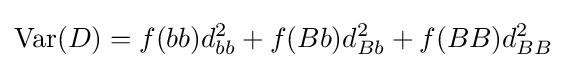
\mathrm {Var} (D)=f(bb)d_{bb}^{2}+f(Bb)d_{Bb}^{2}+f(BB)d_{BB}^{2}